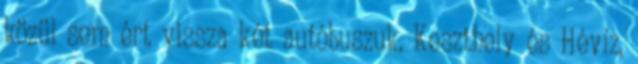
közül sem ért vissza két autóbuszuk. Keszthely és Hévíz,